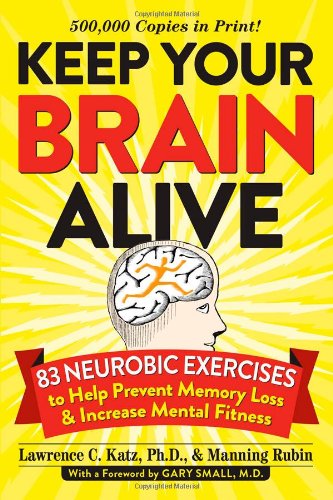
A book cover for Keep Your Brain Alive: 83 Neurobic Exercises to Help Prevent Memory Loss and Increase Mental Fitness; Lawrence Katz; Humor & Entertainment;